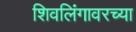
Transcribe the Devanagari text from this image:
शिवलिंगावरच्या